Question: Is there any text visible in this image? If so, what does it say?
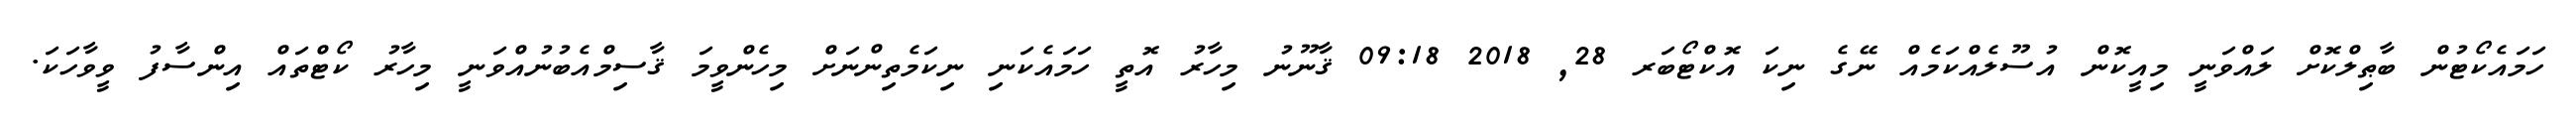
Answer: ހަމައެކޯޓުން ބާޠިލްކޮށް ލައްވަނީ މިއީކޮން އުސޫލެއްކަމެއް ނޭގެ ނިކަ އޮކްޓޯބަރ 28, 2018 09:18 ޤާނޫނު މިހާރު އޮތީ ހަމައެކަނި ނިކަމެތިންނަށް މިހެންވީމަ ޤާސިމްއެބުނުއްވަނީ މިހާރު ކޯޓްތައް އިންސާފު ވީވާހަކަ.